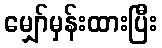
မျှော်မှန်းထားပြီး